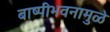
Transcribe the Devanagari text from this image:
बाष्पीभवनामुळे